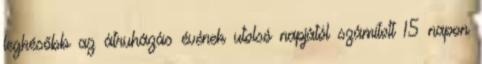
legkésőbb az átruházás évének utolsó napjától számított 15 napon